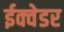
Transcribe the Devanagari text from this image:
ईक्वेडर